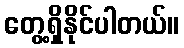
တွေ့ရှိနိုင်ပါတယ်။